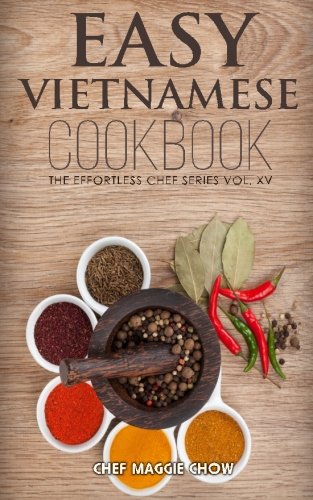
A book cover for Easy Vietnamese Cookbook (The Effortless Chef Series) (Volume 15); Chef Maggie Chow; Cookbooks, Food & Wine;